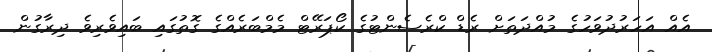
އެއް އަހަރުދުވަހުގެ މުއްދަތަށް ރެޑް ކްރެސެންޓުގެ ކޯޕަރޭޓް މެމްބަރެއްގެ ގޮތުގައި ބައިވެރިވެ ދިރާގުން